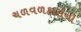
ચળવળકારોનો